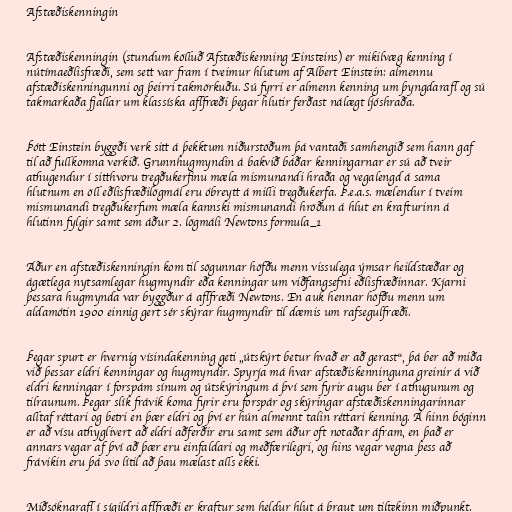
Afstæðiskenningin

Afstæðiskenningin (stundum kölluð Afstæðiskenning Einsteins) er mikilvæg kenning í
nútímaeðlisfræði, sem sett var fram í tveimur hlutum af Albert Einstein: almennu
afstæðiskenningunni og þeirri takmörkuðu. Sú fyrri er almenn kenning um þyngdarafl og sú
takmarkaða fjallar um klassíska aflfræði þegar hlutir ferðast nálægt ljóshraða.

Þótt Einstein byggði verk sitt á þekktum niðurstöðum þá vantaði samhengið sem hann gaf
til að fullkomna verkið. Grunnhugmyndin á bakvið báðar kenningarnar er sú að tveir
athugendur í sitthvoru tregðukerfinu mæla mismunandi hraða og vegalengd á sama
hlutnum en öll eðlisfræðilögmál eru óbreytt á milli tregðukerfa. Þ.e.a.s. mælendur í tveim
mismunandi tregðukerfum mæla kannski mismunandi hröðun á hlut en krafturinn á
hlutinn fylgir samt sem áður 2. lögmáli Newtons formula_1

Áður en afstæðiskenningin kom til sögunnar höfðu menn vissulega ýmsar heildstæðar og
ágætlega nytsamlegar hugmyndir eða kenningar um viðfangsefni eðlisfræðinnar. Kjarni
þessara hugmynda var byggður á aflfræði Newtons. En auk hennar höfðu menn um
aldamótin 1900 einnig gert sér skýrar hugmyndir til dæmis um rafsegulfræði.

Þegar spurt er hvernig vísindakenning geti „útskýrt betur hvað er að gerast“, þá ber að miða
við þessar eldri kenningar og hugmyndir. Spyrja má hvar afstæðiskenninguna greinir á við
eldri kenningar í forspám sínum og útskýringum á því sem fyrir augu ber í athugunum og
tilraunum. Þegar slík frávik koma fyrir eru forspár og skýringar afstæðiskenningarinnar
alltaf réttari og betri en þær eldri og því er hún almennt talin réttari kenning. Á hinn bóginn
er að vísu athyglivert að eldri aðferðir eru samt sem áður oft notaðar áfram, en það er
annars vegar af því að þær eru einfaldari og meðfærilegri, og hins vegar vegna þess að
frávikin eru þá svo lítil að þau mælast alls ekki.

Miðsóknarafl í sígildri aflfræði er kraftur sem heldur hlut á braut um tiltekinn miðpunkt.